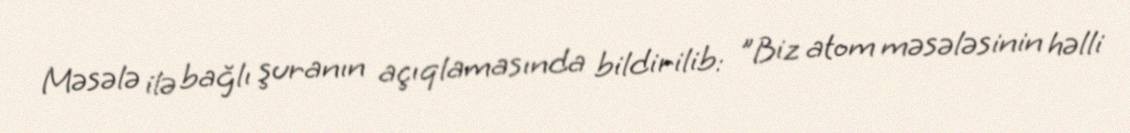
Məsələ ilə bağlı şuranın açıqlamasında bildirilib: "Biz atom məsələsinin həlli